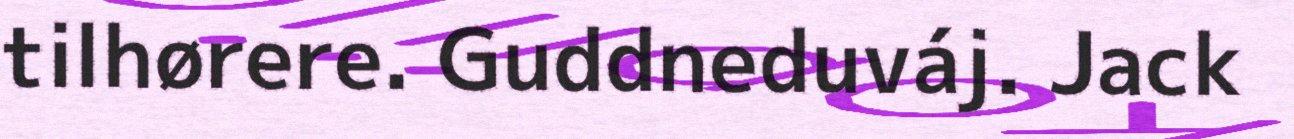
tilhørere. Guddneduváj. Jack